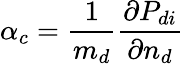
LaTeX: \alpha_{c}=\frac{1}{m_{d}}\frac{\partial P_{di}}{\partial n_{d}}